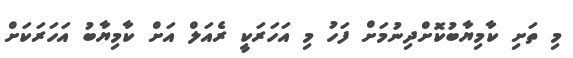
މި ތަށި ކާމިޔާބުކޮށްދިނުމަށް ފަހު މި އަހަރަކީ ރެއަލް އަށް ކާމިޔާބު އަހަރަކަށް